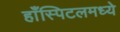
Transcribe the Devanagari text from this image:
हाँस्पिटलमध्ये